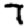
Digit: 7